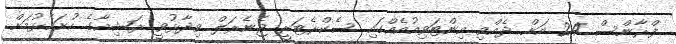
ފްރާންސް 24 އަށް ދެއްވި އިންޓަވިއުއެއްގައި ސެކްރެޓަރީ ޖެނެރަލް ވިދާޅުވީ ރަޝިއާގެ ހުށަހެޅުމަށް